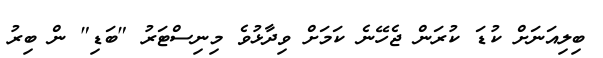
ބިލިއަނަށް ކުޑަ ކުރަން ޖެހޭނެ ކަމަށް ވިދާޅުވެ މިނިސްޓަރު "ބަޑި" ން ބިރު